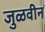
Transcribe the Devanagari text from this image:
जुळवीन